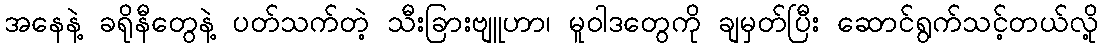
အနေနဲ့ ခရိုနီတွေနဲ့ ပတ်သက်တဲ့ သီးခြားဗျူဟာ၊ မူဝါဒတွေကို ချမှတ်ပြီး ဆောင်ရွက်သင့်တယ်လို့